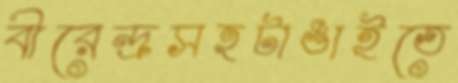
বীরেন্দ্রসহটাঙাইতে